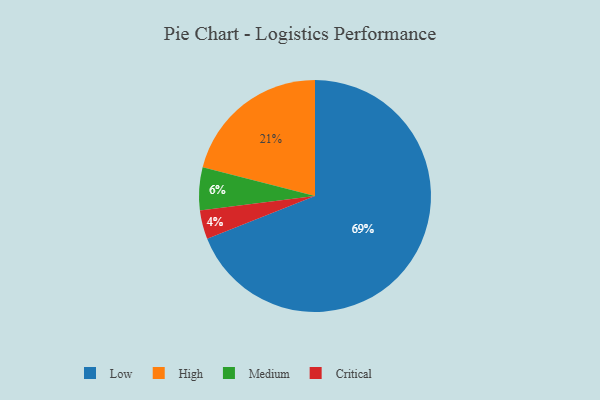
{"axis": {"x": "Category", "y": "Percentage"}, "legend": ["Critical", "High", "Low", "Medium"], "data": [{"x": "Critical", "y": 4, "type": "Critical"}, {"x": "Medium", "y": 6, "type": "Medium"}, {"x": "Low", "y": 69, "type": "Low"}, {"x": "High", "y": 21, "type": "High"}]}